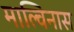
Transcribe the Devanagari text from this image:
माल्विनास